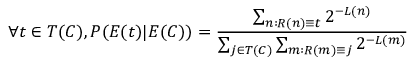
\forall t \in T ( C ) , P ( E ( t ) | E ( C ) ) = { \frac { \sum _ { n : R ( n ) \equiv t } 2 ^ { - L ( n ) } } { \sum _ { j \in T ( C ) } \sum _ { m : R ( m ) \equiv j } 2 ^ { - L ( m ) } } }